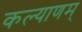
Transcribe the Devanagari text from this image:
कल्‍याणम्